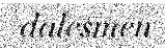
dalesmen